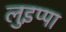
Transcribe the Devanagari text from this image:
लुइप्पा